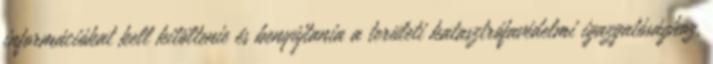
információkat kell kitöltenie és benyújtania a területi katasztrófavédelmi igazgatósághoz,